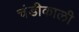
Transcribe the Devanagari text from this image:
चंडीकाली